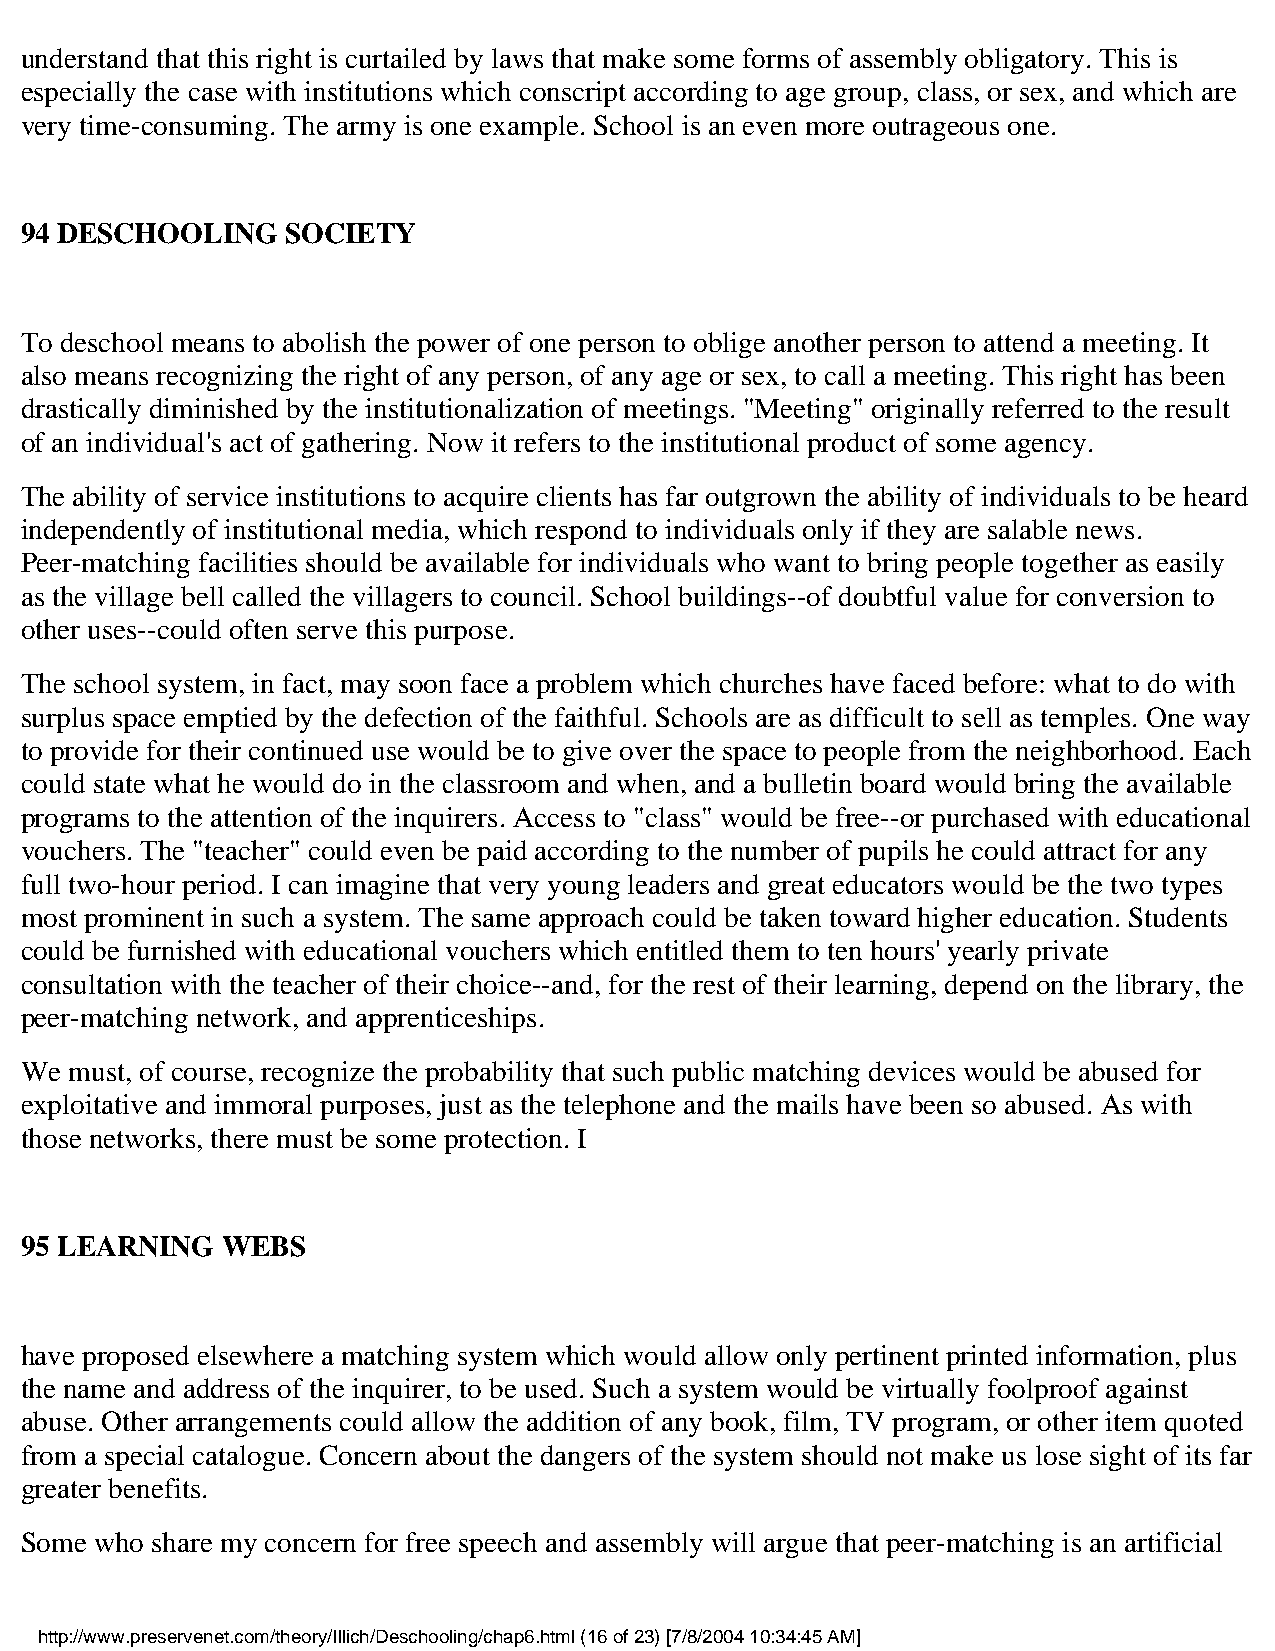
understand that this right is curtailed by laws that make some forms of assembly obligatory. This is
 especially the case with institutions which conscript according to age group, class, or sex, and which are
 very time-consuming. The army is one example. School is an even more outrageous one.
 94 DESCHOOLING    SOCIETY
 To deschool means to abolish the power of one person to oblige another person to attend a meeting. It
 also means recognizing the right of any person, of any age or sex, to call a meeting. This right has been
 drastically diminished by the institutionalization of meetings. "Meeting" originally referred to the result
 of an individual's act of gathering. Now it refers to the institutional product of some agency.
 The ability of service institutions to acquire clients has far outgrown the ability of individuals to be heard
 independently of institutional media, which respond to individuals only if they are salable news.
 Peer-matching facilities should be available for individuals who want to bring people together as easily
 as the village bell called the villagers to council. School buildings--of doubtful value for conversion to
 other uses--could often serve this purpose.
 The school system, in fact, may soon face a problem which churches have faced before: what to do with
 surplus space emptied by the defection of the faithful. Schools are as difficult to sell as temples. One way
 to provide for their continued use would be to give over the space to people from the neighborhood. Each
 could state what he would do in the classroom and when, and a bulletin board would bring the available
 programs to the attention of the inquirers. Access to "class" would be free--or purchased with educational
 vouchers. The "teacher" could even be paid according to the number of pupils he could attract for any
 full two-hour period. I can imagine that very young leaders and great educators would be the two types
 most prominent in such a system. The same approach could be taken toward higher education. Students
 could be furnished with educational vouchers which entitled them to ten hours' yearly private
 consultation with the teacher of their choice--and, for the rest of their learning, depend on the library, the
 peer-matching network, and apprenticeships.
 We  must, of course, recognize the probability that such public matching devices would be abused for
 exploitative and immoral purposes, just as the telephone and the mails have been so abused. As with
 those networks, there must be some protection. I
 95 LEARNING   WEBS
 have proposed elsewhere a matching system which would allow only pertinent printed information, plus
 the name and address of the inquirer, to be used. Such a system would be virtually foolproof against
 abuse. Other arrangements could allow the addition of any book, film, TV program, or other item quoted
 from a special catalogue. Concern about the dangers of the system should not make us lose sight of its far
 greater benefits.
 Some who share my concern for free speech and assembly will argue that peer-matching is an artificial
 http://www.preservenet.com/theory/Illich/Deschooling/chap6.html (16 of 23) [7/8/2004 10:34:45 AM]